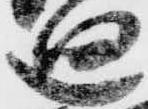
廻